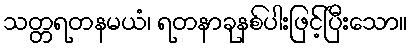
သတ္တရတနမယံ၊ ရတနာခုနစ်ပါးဖြင့်ပြီးသော။